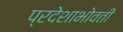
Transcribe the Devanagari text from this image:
प्रदेशाभोवती